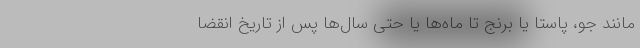
مانند جو، پاستا یا برنج تا ماه‌ها یا حتی سال‌ها پس از تاریخ انقضا